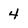
Character: 4